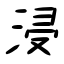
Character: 浸